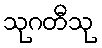
သုဂတီသု